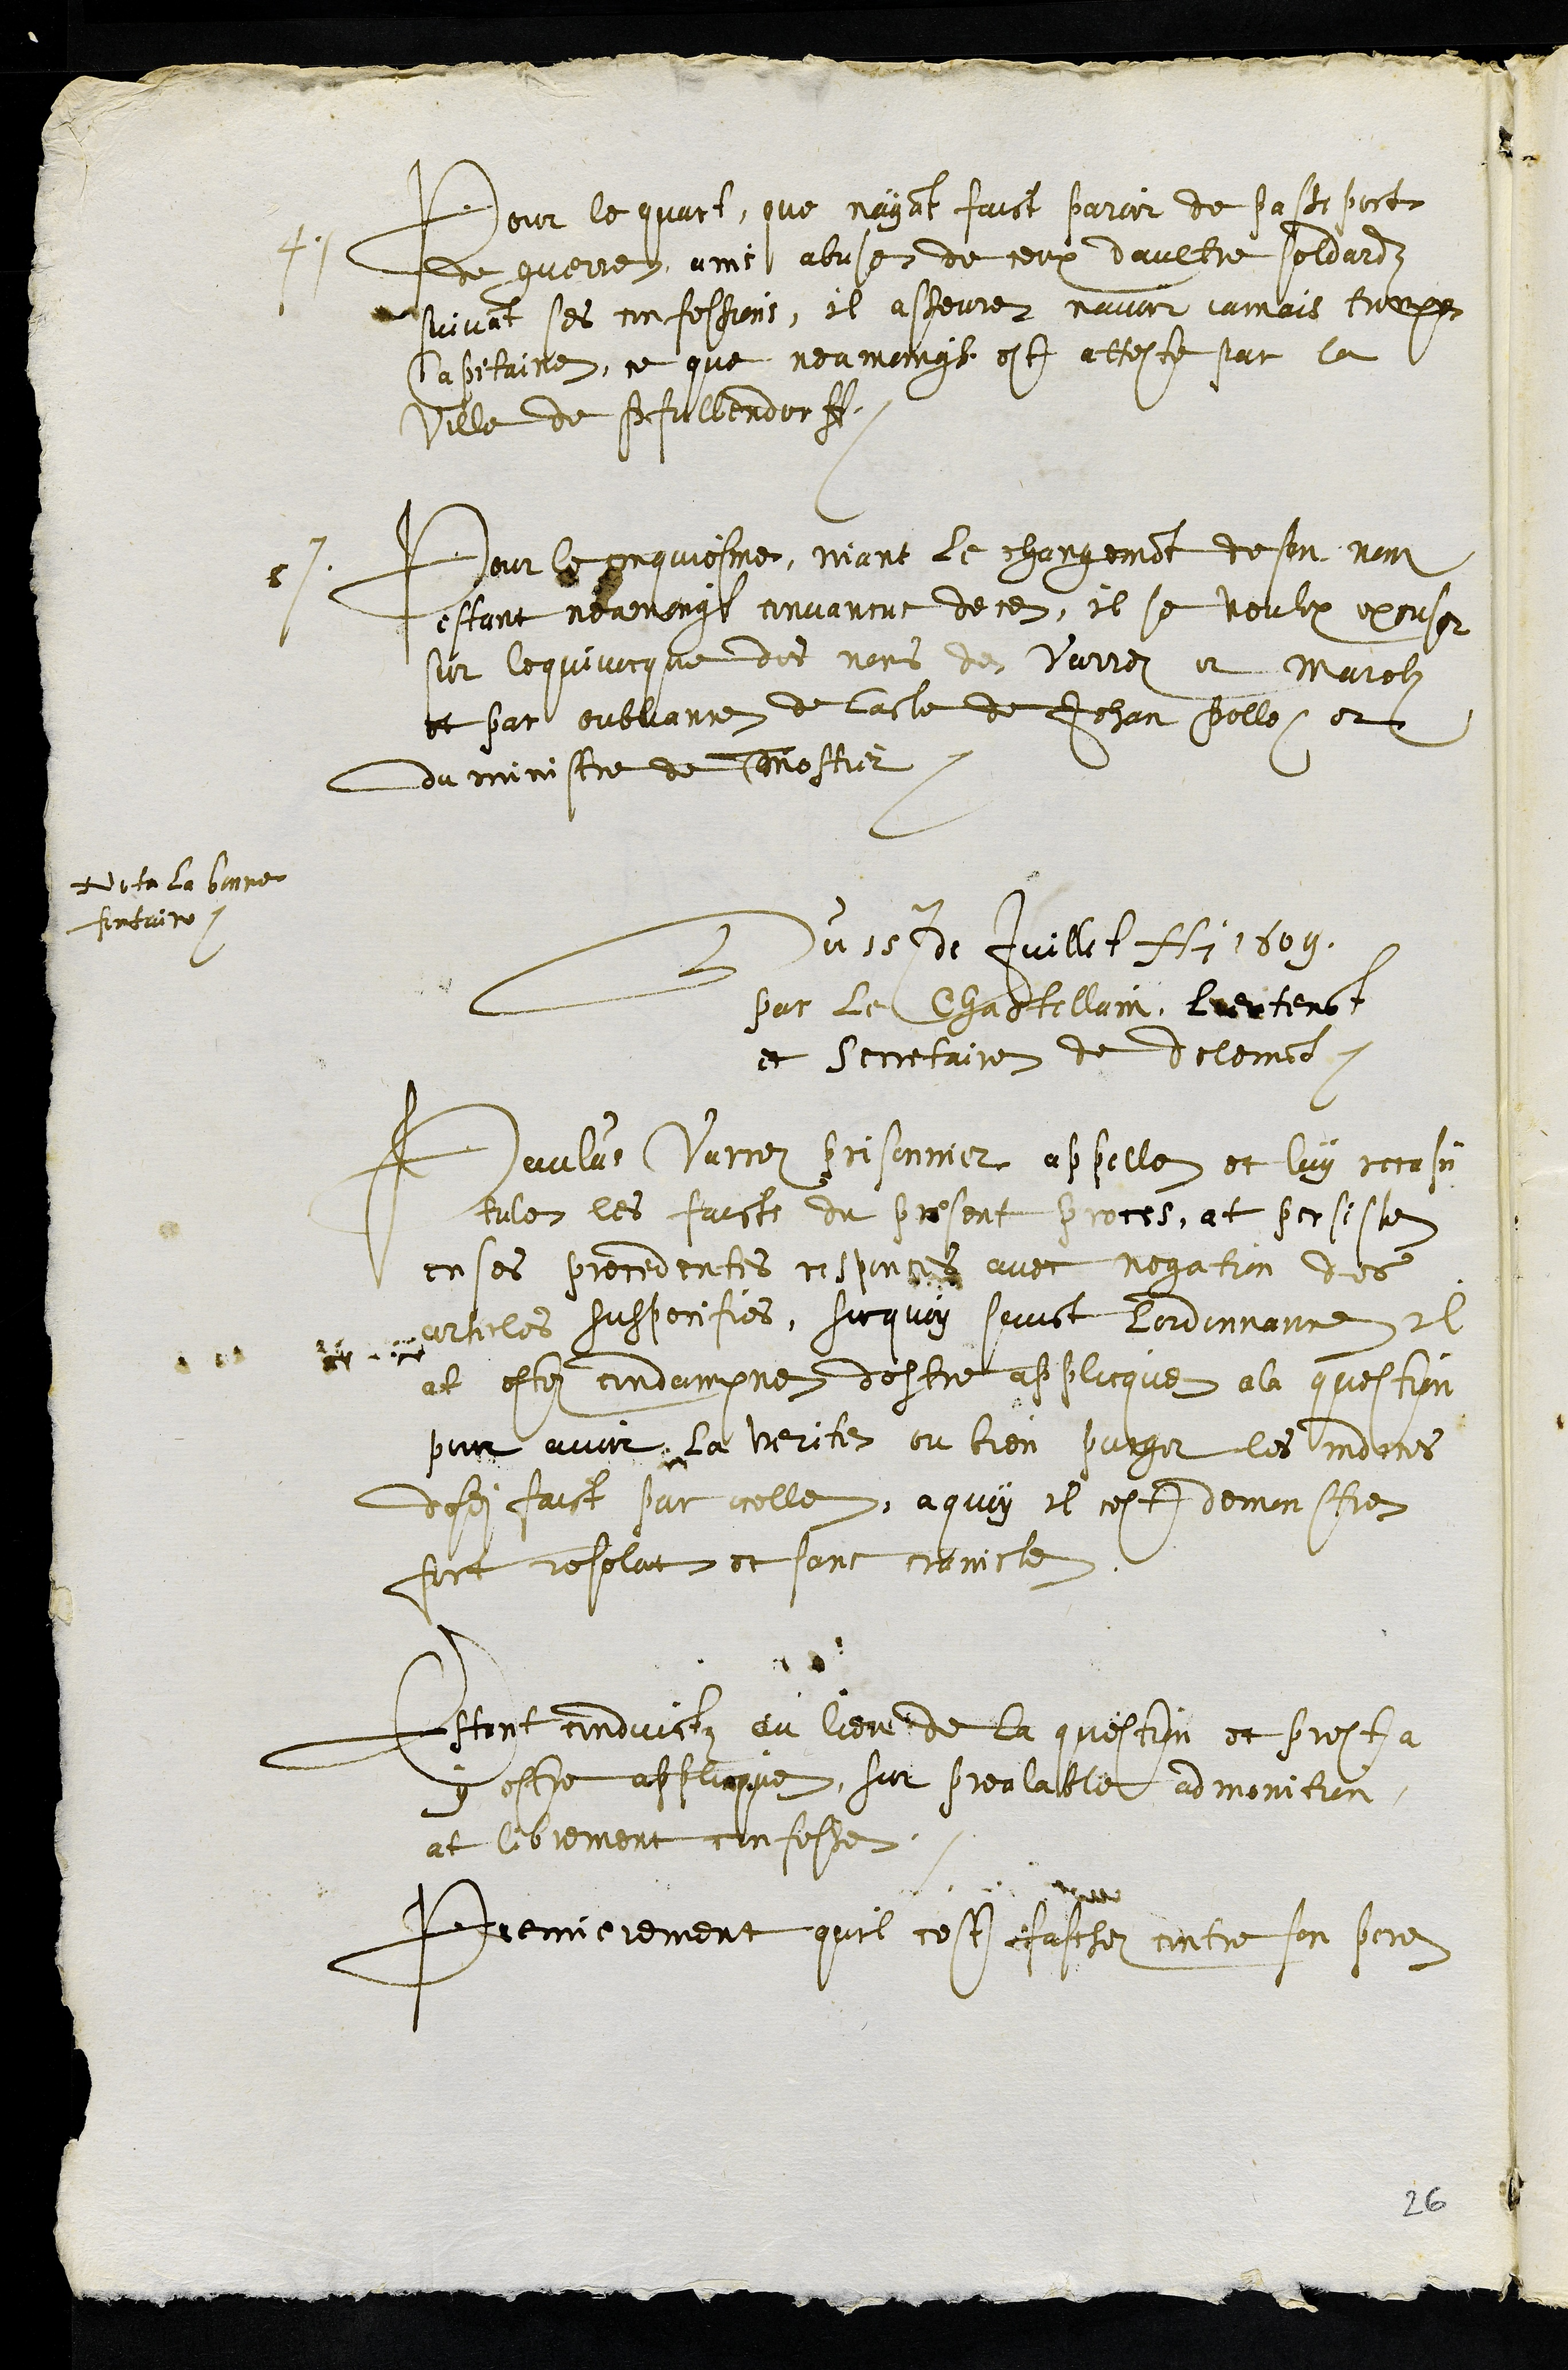
4. Pour le quart, que nayant faict paroir de passeport
de guerre, ains abuse de ceux daultre soldardz
suivant ses confessions, il asseure navoir jamais trompe
Capitaine, ce que neamoingt est atteste par la
ville de Pfullendorff
5e. Pour le cinquiesme, niant le changement de son nom
estant neamoingt convancus de ce, il se veulx excuser
sur lequivocque des noms de Varrez et Marelz
et par oubliance de lacte de Jehan Polle, et
du ministre de T Mostier
Nota la bonne
fontaine.
Du 15e de Juillet Ai 1609
par le Chastellain, lieutenant
et secretaire de delemont,
Paulus Varrez prisonner appelle et luy recapi-
tules les faicts du present proces, at persiste
en ses procedentes responces avec negation des
articles suspecifies, sur quoy suivant lordonnance Il
at este condampne destre applicque ala question
pour avoir la verite ou bien purger les indices
desdits faict par icelle, a quoy il cest demonstre
fort resolut et sans craincte
Estant conduict au lieu de la question et prest a
y estre applicque, sur prealable admonition,
at librement confesse
Premierement quil cest faschez contre son pere
26